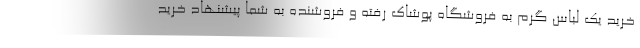
خرید یک لباس گرم به فروشگاه پوشاک رفته و فروشنده به شما پیشنهاد خرید